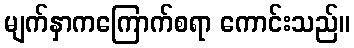
မျက်နှာကကြောက်စရာ ကောင်းသည်။